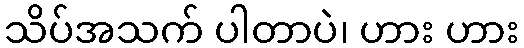
သိပ်အသက် ပါတာပဲ၊ ဟား ဟား